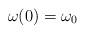
LaTeX: \begin{align*} \omega(0)=\omega_0 \end{align*}